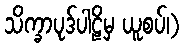
သိက္ခာပုဒ်ပါဠိမှ ယူစပ်၊)